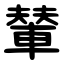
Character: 輦